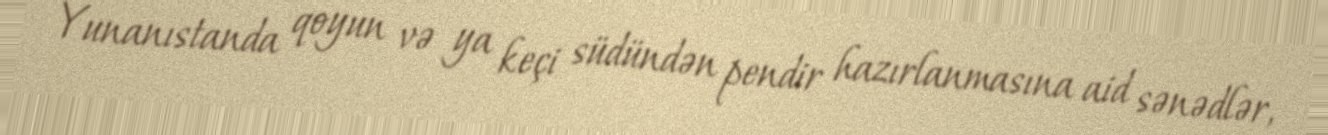
Yunanıstanda qoyun və ya keçi südündən pendir hazırlanmasına aid sənədlər,